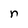
Character: n